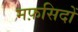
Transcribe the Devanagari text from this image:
मफ़सिदों